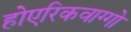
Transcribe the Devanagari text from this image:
होएरिकवाग्गो